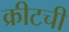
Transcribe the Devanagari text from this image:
क्रीटची